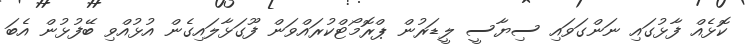
ކޮޅެއް ފާޅުގައި ނަންގަވައި ސިޔާސީ ލީޑަރުން ޕްރޮމޯޓްކުރައްވަން ފޫގަޅާލައިގެން އުޅުއްވި ބޭފުޅުން އެބަ